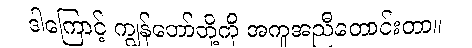
ဒါကြောင့် ကျွန်တော်တို့ကို အကူအညီတောင်းတာ။